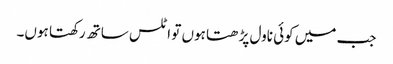
جب میں کوئی ناول پڑھتا ہوں تو اٹلس ساتھ رکھتا ہوں۔